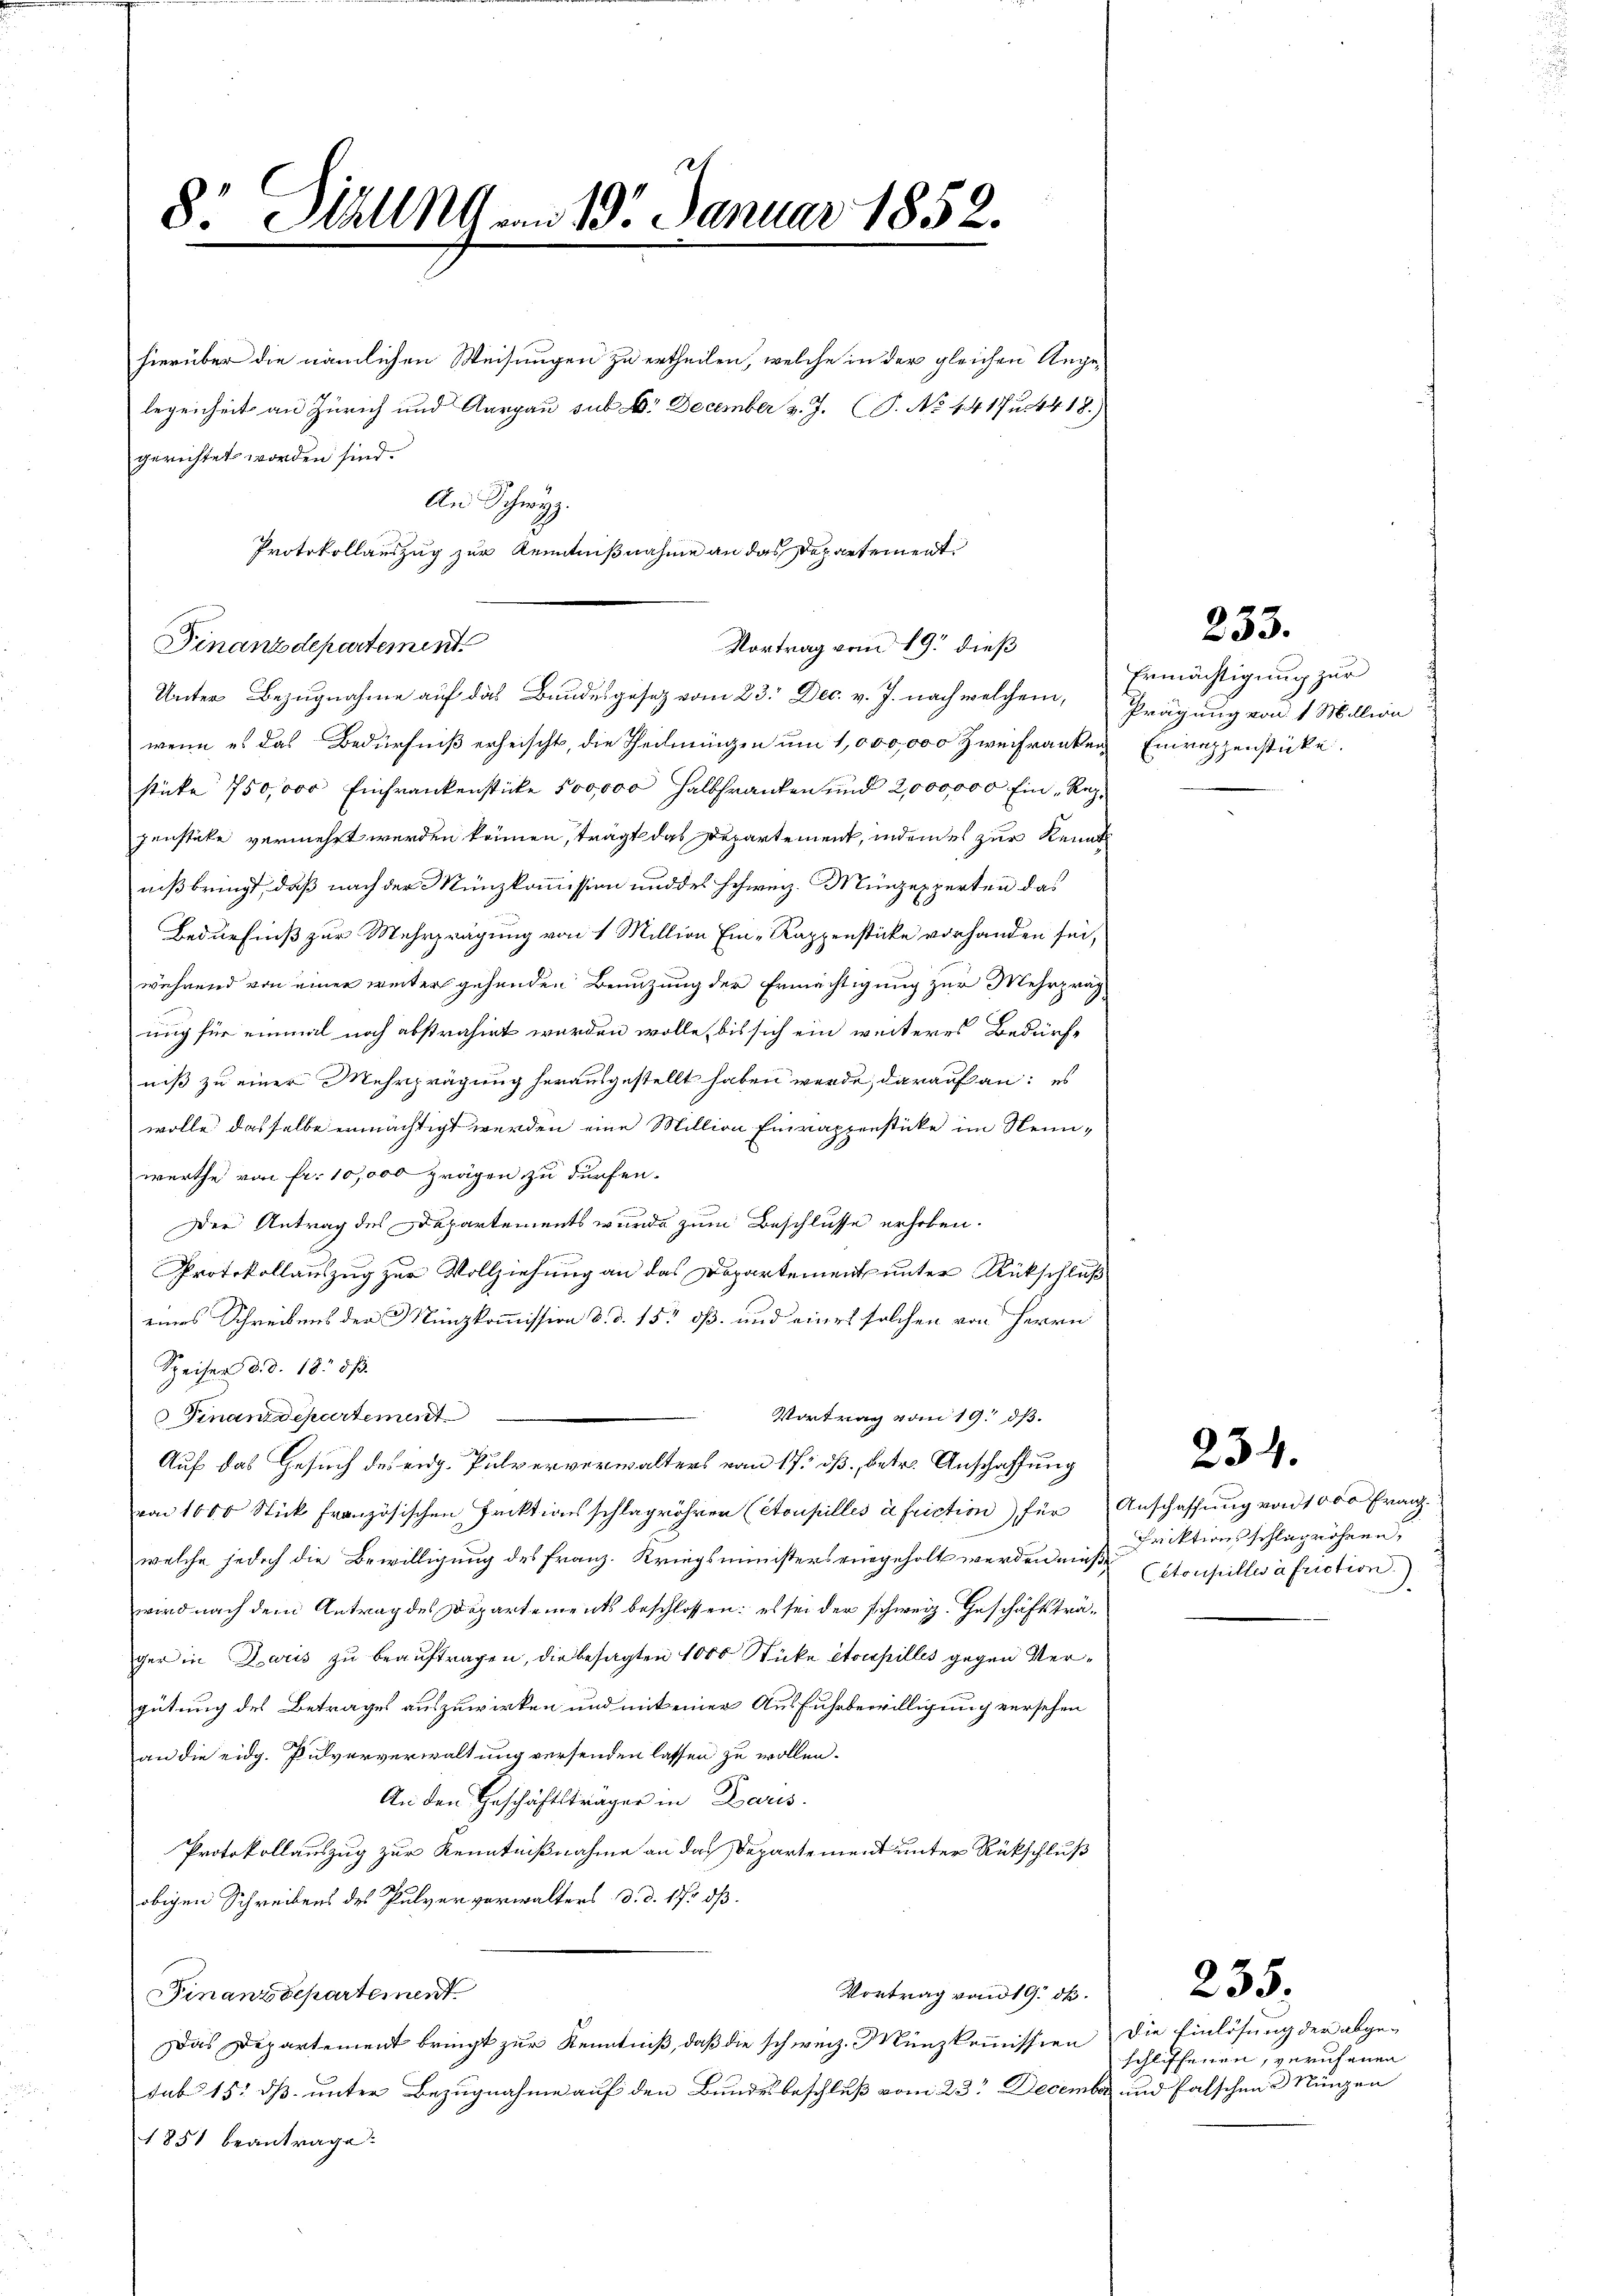
8: Diell am 19. Januar 1852.

hierüber die nämlichen Weisungen zu ertheilen, welche in der gleichen Angelegenheit an Zürich und Aargau sub. D. December v. J. (S. No 1417 u. 4418.)
gerichtet worden sind.
Finanzdepartement.
Unter Bezugnahme auf das Bundesgesetz vom 23. Dec. v. J. nach welchem, Prägung von 1 Million
wenn es das Bedürfniß erheischt, die Theilningen um 1,000,000 Zweifranken Einraphenstücke.
sticke 750,000 Einfrankenstücke 500,000 halbfranken und 2,000,000 Ein Reggenstücke vermehrt werden können, trägt das Departement, indenes zur Kennt
niß bringt, daß nach der Münzkommission und des schweiz. Münzexperten das
Bedürfniß zur Mehrprägung von 1 Million Ein-Rappenstücke vorhanden sei,
während von einer weiter gehenden Benutzung der Ermächtigung zur Mehrzrag
ung für einmal noch abstrahirt werden wolle, bis sich ein weiteres Bedürf-
niß zu einer Mehrprägung herausgestellt haben werde, darauf an: es
wolle dasselbe ermächtigt werden eine Million Einrappenstücke im Neunwerthe von fr. 10,000 prägen zu dürfen.
Der Antrag des Departements wurde zum Beschlusse erhoben.
Protokollauszug zur Vollziehung an das Departement unter Rückschluß
eines Schreibens der Münzkommission d. d. 15. dß. und eines solchen von Herrn
Speiser d. d. 18. d.
Vortrag vom 19. dß.
Finanzdepartement
Auf das Gesuch des eidg. Pulververwalters vom 17. dß. betr. Anschaffung
von 1000 Stick französischen Frektionsschlagröhren (Stoupilles à friction) für Anschaffung von 1000 Franz
welche jedoch die Bewilligung des Franz. Kriegsministers eingeholt werden müße Stoupilles à friction)
wird nach dem Antrag des Departements beschlossen: es sei der schweiz. Geschäftsträger in Daris zu beauftragen, die besagten 1000 Stücke etoupilles gegen Vergütung des Betrages auszuwirken und mit einer Ausfuhrbewilligung versehen
an die eidg. Pulververwaltung versenden lassen zu wollen.
An den Geschäftsträger in Paris
Protokollauszug zur Kenntnißnahme an das Departement unter Rückschluß
obigen Schreibens des Pulververwalters d. d. 17. dß.
Vortrag von 19. d.
Finanzdepartement
Das Departement bringt zur Kenntniß, daß die schweiz. Münzkommission die Einlösung der abge-
sub 15. ds unter Bezugnahme auf den Bundesbeschluß vom 23. December und falschen Münzen
1851 beantrage.

An Schwyz.
Protokollauszug zur Kenntnißnahme an das Departement
Vortrag vom 19. dieß

Ermächtigung zur

233.

234.

Friktionsschlugröhren,

schliffenen, verufenen

235.